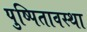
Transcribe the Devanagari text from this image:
पुष्पितावस्था